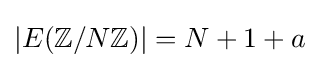
|E(\mathbb {Z} /N\mathbb {Z} )|=N+1+a